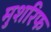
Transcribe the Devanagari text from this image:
मुशरिफ